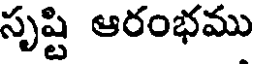
సృష్టి ఆరంభము